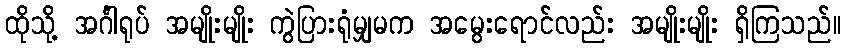
ထိုသို့ အင်္ဂါရုပ် အမျိုးမျိုး ကွဲပြားရုံမျှမက အမွေးရောင်လည်း အမျိုးမျိုး ရှိကြသည်။